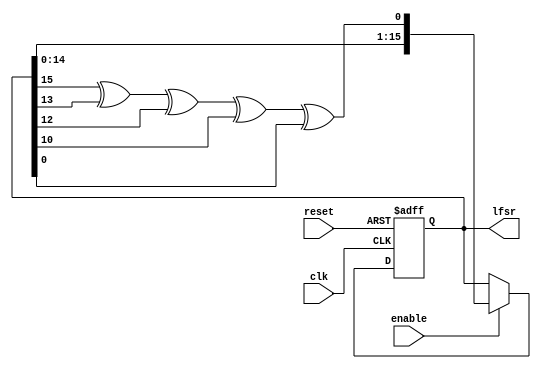
module lfsr_16 (clk, reset, enable, lfsr);

input clk, reset, enable;
output reg [15:0] lfsr;

//Seed has to be a non-zero value
localparam SEED = 16'h1001 ;
wire feedback;

//x^16 + x^14 + x^13 + x^11 + 1
assign feedback = lfsr[15] ^ lfsr[13] ^ lfsr[12] ^ lfsr[10] ^ lfsr[0];

always @(posedge clk or negedge reset) begin
    
    if (!reset) begin
        lfsr <= SEED;
    end
    else if (enable)
        lfsr <= {lfsr[14:0], feedback};         //Left-shift

end

    
endmodule